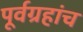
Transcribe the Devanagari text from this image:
पूर्वग्रहांच